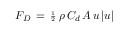
F _ { D } \, = \, { \scriptstyle { \frac { 1 } { 2 } } } \, \rho \, C _ { d } \, A \, u \, | u |